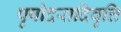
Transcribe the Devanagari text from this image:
पृषोदरादिवृत्ति